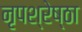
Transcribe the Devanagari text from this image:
नृपश्रेष्ठा